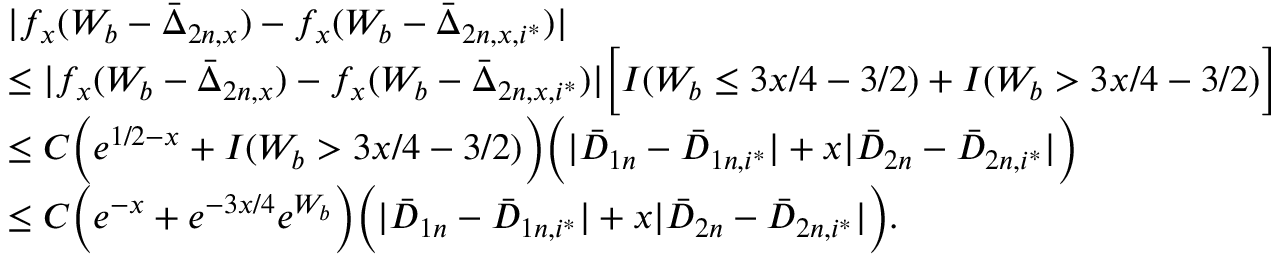
\begin{array} { r l } & { | f _ { x } ( W _ { b } - \bar { \Delta } _ { 2 n , x } ) - f _ { x } ( W _ { b } - \bar { \Delta } _ { 2 n , x , i ^ { * } } ) | } \\ & { \leq | f _ { x } ( W _ { b } - \bar { \Delta } _ { 2 n , x } ) - f _ { x } ( W _ { b } - \bar { \Delta } _ { 2 n , x , i ^ { * } } ) | \Big [ I ( W _ { b } \leq 3 x / 4 - 3 / 2 ) + I ( W _ { b } > 3 x / 4 - 3 / 2 ) \Big ] } \\ & { \leq C \Big ( e ^ { 1 / 2 - x } + I ( W _ { b } > 3 x / 4 - 3 / 2 ) \Big ) \Big ( | \bar { D } _ { 1 n } - \bar { D } _ { 1 n , i ^ { * } } | + x | \bar { D } _ { 2 n } - \bar { D } _ { 2 n , i ^ { * } } | \Big ) } \\ & { \leq C \Big ( e ^ { - x } + e ^ { - 3 x / 4 } e ^ { W _ { b } } \Big ) \Big ( | \bar { D } _ { 1 n } - \bar { D } _ { 1 n , i ^ { * } } | + x | \bar { D } _ { 2 n } - \bar { D } _ { 2 n , i ^ { * } } | \Big ) . } \end{array}